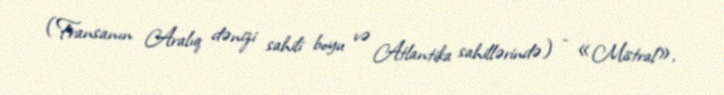
(Fransanın Aralıq dənizi sahili boyu və Atlantika sahillərində) - «Mistral»,